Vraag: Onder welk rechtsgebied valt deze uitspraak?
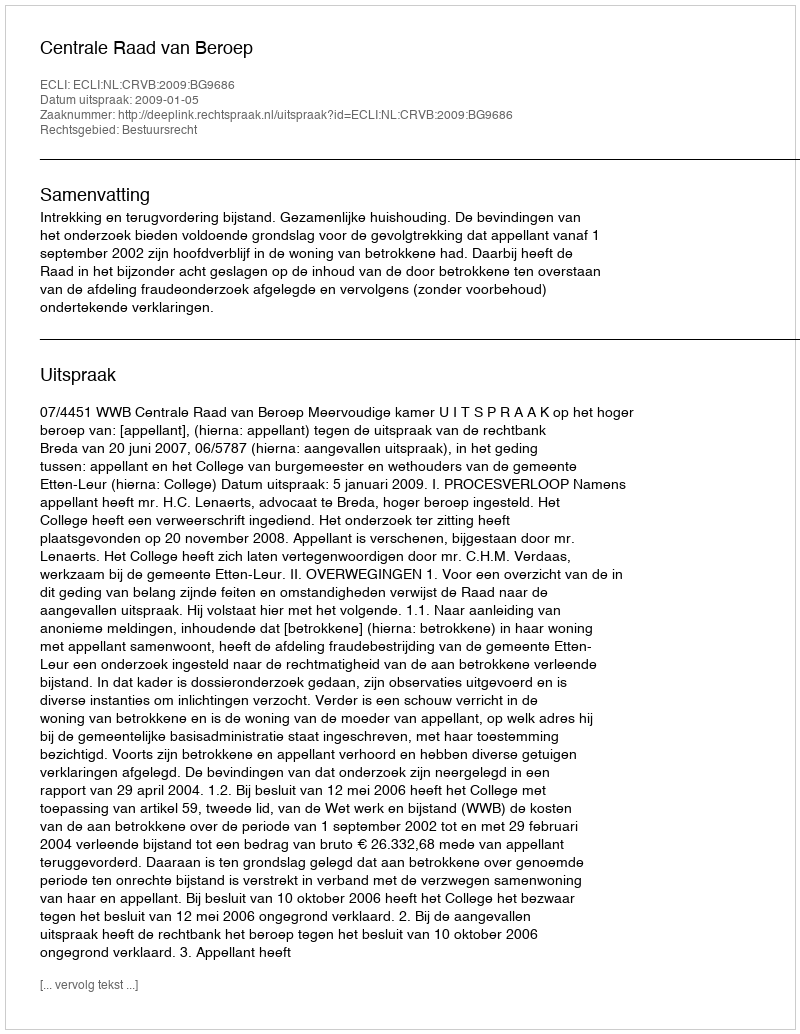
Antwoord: Bestuursrecht